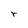
Character: r